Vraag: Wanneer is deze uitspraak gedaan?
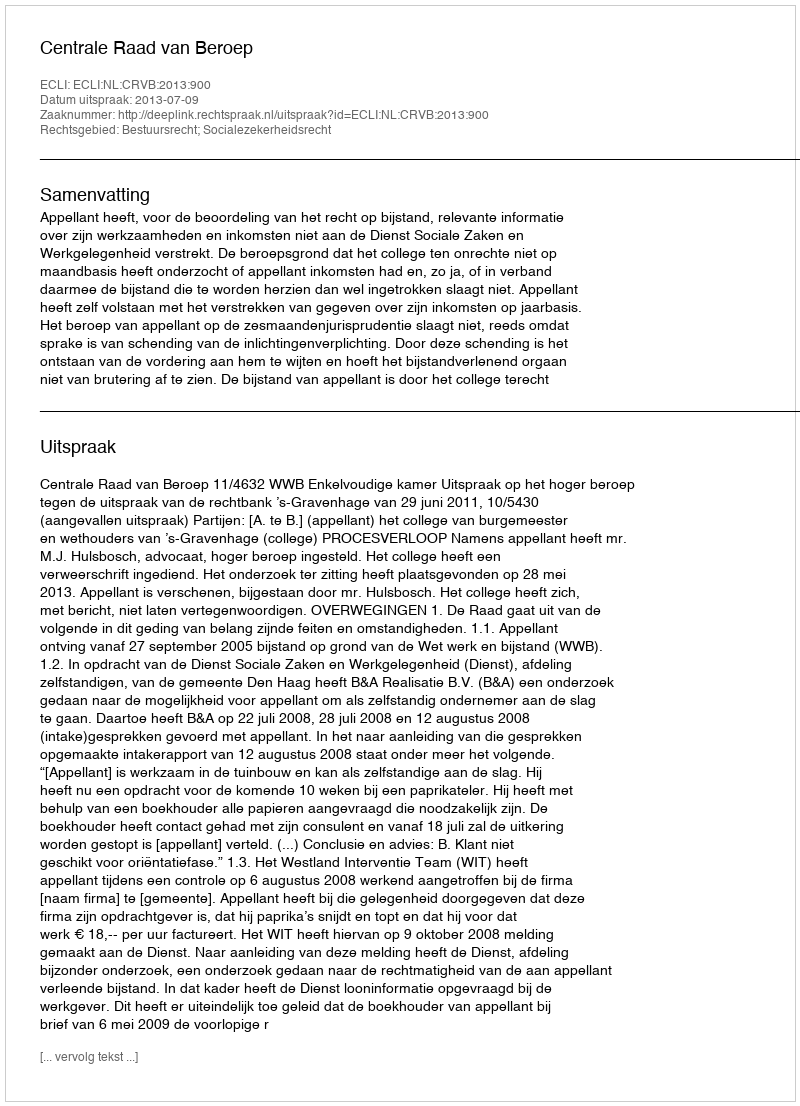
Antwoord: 2013-07-09